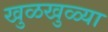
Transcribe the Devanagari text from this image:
खुळखुळ्या